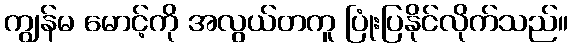
ကျွန်မ မောင့်ကို အလွယ်တကူ ပြုံးပြနိုင်လိုက်သည်။